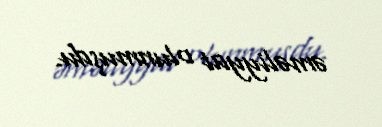
əməliyyat olunmuşdu.